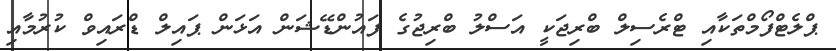
ޕްލެޓްފޯމްތަކާއި ޓްރެސިލް ބްރިޖަކީ އަސްލު ބްރިޖުގެ ފައުންޑޭޝަން އަޅަން ޕައިލް ޑްރައިވް ކުރުމާއި